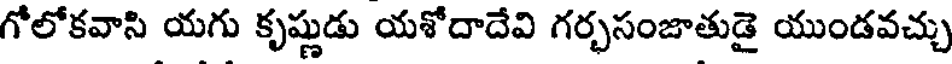
గోలోకవాసి యగు కృష్ణుడు యశోదాదేవి గర్భసంజాతుడై యుండవచ్చు